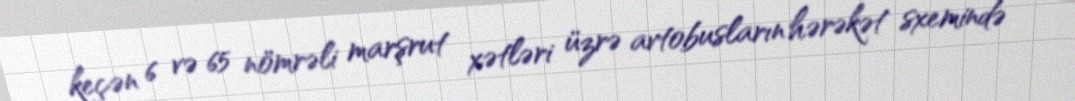
keçən 6 və 65 nömrəli marşrut xətləri üzrə avtobusların hərəkət sxemində